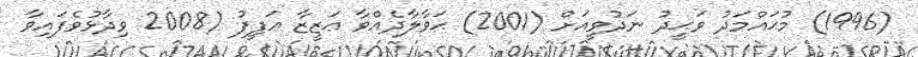
(1996) މުޙައްމަދު ވަޙީދު ނަދުވީއަށް (2001) ޙަވާލާދެއްވާ ޢަޒީޒާ ޢަފީފު (2008 ވިދާޅުވެފައިވާ